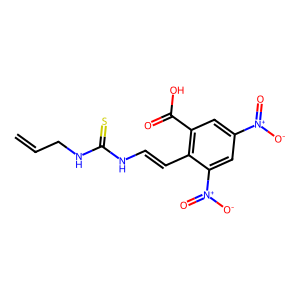
SMILES: C=CCNC(=S)NC=Cc1c(C(=O)O)cc([N+](=O)[O-])cc1[N+](=O)[O-]
Inhibits HIV replication: No